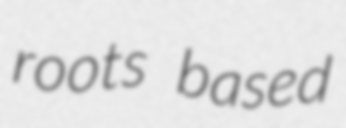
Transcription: roots based